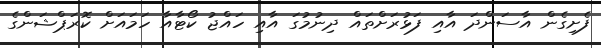
ފެށިގެން އާސަންދަ އާއި ފަޅުރަށްތައް ދިނުމުގަ އާއި ހައްޖު ކޯޓާއާ ހަމައަށް ކޮރަޕްޝަންގެ